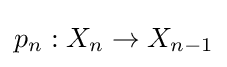
p_{n}:X_{n}\to X_{n-1}